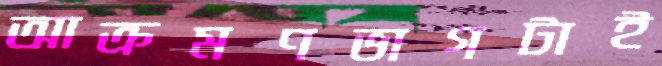
আক্রমণভাগটাই